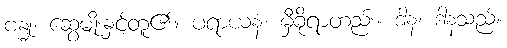
ဗန္ဓု၊ ဆွေမျိုးနှင့်တူ၏။ ပရာယနံ၊ မှီခိုရာတည်း။ ဒါနံ၊ ဒါနသည်။